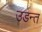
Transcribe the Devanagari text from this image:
उडन्त